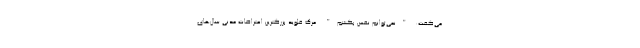
می‌گفت: "نمی‌توانم نفس بکشم". مرگ فلوید بزرگترین اعتراضات مدنی سال‌های